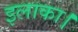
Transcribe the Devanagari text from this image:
इलाका।